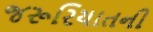
જરૂરિયાતની